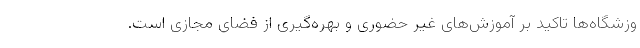
وزشگاه‌ها تاکید بر آموزش‌های غیر حضوری و بهره‌گیری از فضای مجازی است.